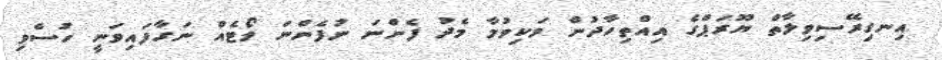
އިނގިރޭސިވިލާތް ޔޫރަޕްގެ އިއްތިހާދުން ވަކިވުމާ މެދު ފެންނަ ނުފެންނަ ވޯޓެއް ނަގާފައިވަނީ ހުސްވި